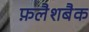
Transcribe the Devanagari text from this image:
फ़लैशबैक